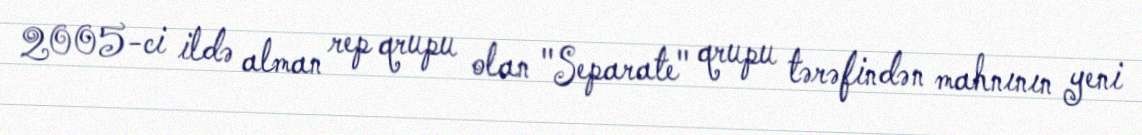
2005-ci ildə alman rep qrupu olan "Separate" qrupu tərəfindən mahnının yeni